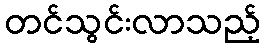
တင်သွင်းလာသည့်